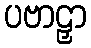
ပဗာဠှာ